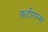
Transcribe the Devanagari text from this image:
फटीगन्स